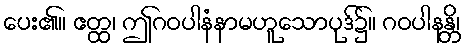
ပေး၏။ ဧတ္ထ၊ ဤဂဝပါနံနာမဟူသောပုဒ်၌။ ဂဝပါနန္တိ၊